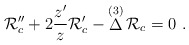
\begin{align*}{\cal R}_c''+ 2{z'\over z}{\cal R}_c'-\mathop\Delta^{(3)}{\cal R}_c = 0 \ .\end{align*}